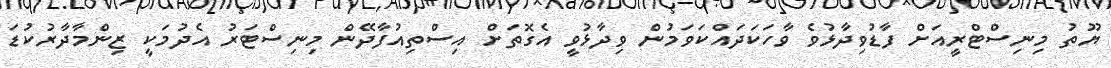
ޔޫތު މިނިސްޓްރީއަށް ފާޑުވިދާޅުވެ ވާހަކަދައްކަވަމުން ވިދާޅުވީ އެގޮތަށް އިސްތިއުފާދޭން މިނިސްޓަރު އެދުމަކީ ޒިންމާދާރުކުޑަ